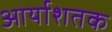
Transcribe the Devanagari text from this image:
आर्याशतक